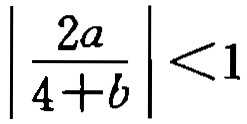
$\left|\frac{2a}{4 + b}\right| < 1$